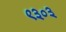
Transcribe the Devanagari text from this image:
९३०३